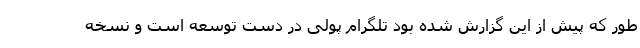
طور که پیش از این گزارش شده بود تلگرام پولی در دست توسعه است و نسخه